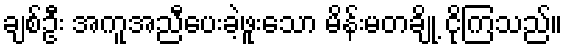
ချစ်ဦး အကူအညီပေးခဲ့ဖူးသော မိန်းမတချို့ ငိုကြသည်။